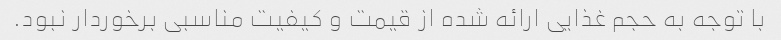
با توجه به حجم غذایی ارائه شده از قیمت و کیفیت مناسبی برخوردار نبود.